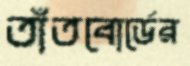
তাঁতবোর্ডের